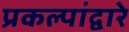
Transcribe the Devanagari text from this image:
प्रकल्पांद्वारे